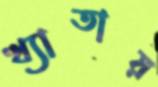
খ্যাতায়